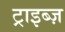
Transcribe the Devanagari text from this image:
ट्राइब्ज़